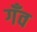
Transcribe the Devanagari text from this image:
गँव